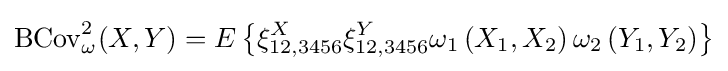
\operatorname {BCov} _{\omega }^{2}(X,Y)=E\left\{\xi _{12,3456}^{X}\xi _{12,3456}^{Y}\omega _{1}\left(X_{1},X_{2}\right)\omega _{2}\left(Y_{1},Y_{2}\right)\right\}